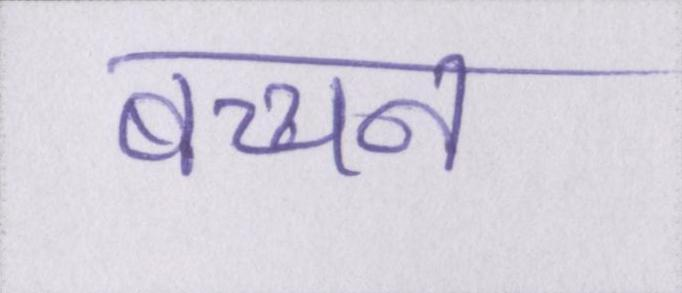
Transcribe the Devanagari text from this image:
बच्चन